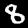
Digit: 8